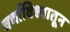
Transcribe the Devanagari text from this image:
चर्चाविश्वातून